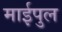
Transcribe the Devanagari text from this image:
माईपुल